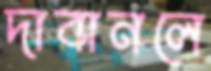
দাবানলে